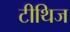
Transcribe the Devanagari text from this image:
टीथिज